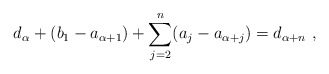
\begin{align*}d_\alpha + (b_1 - a_{\alpha+1}) + \sum_{j=2}^n (a_j - a_{\alpha + j}) = d_{\alpha + n} \ ,\end{align*}